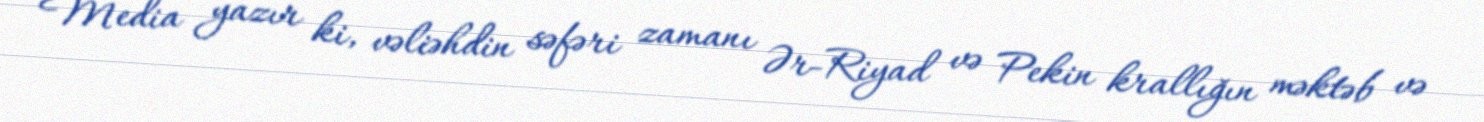
Media yazır ki, vəliəhdin səfəri zamanı Ər-Riyad və Pekin krallığın məktəb və